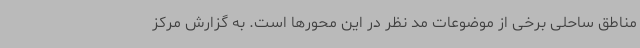
مناطق ساحلی برخی از موضوعات مد نظر در این محورها است. به گزارش مرکز